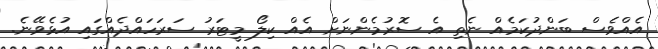
އެއްވެސް ބަންދުކަމެއް ނެތި އެ ސޮރުމެންނަށް އެއް ކިލޯ މީޓަރު ސަރަހައްދެއްގައި އުޅެވޭނެ.